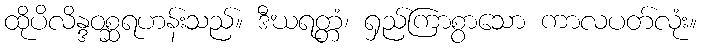
ထိုပိလိန္ဒဝစ္ဆရဟန်းသည်။ ဒီဃရတ္တံ၊ ရှည်ကြာစွာသော ကာလပတ်လုံး။